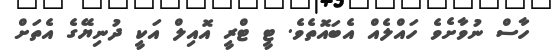
ހާސް ނުވާށެވެ ހައްލެއް އެބައޮތެވެ. ޓީ ޓްރީ އޮއިލް އަކީ ދުނިޔޭގެ އެތަށް